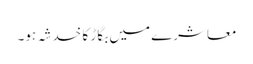
معاشرے میں بگاڑ کا خدشہ ہو۔